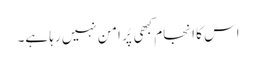
اس کا انجام کبھی پُر امن نہیں رہا ہے۔